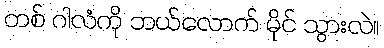
တစ် ဂါလံကို ဘယ်လောက် မိုင် သွားလဲ။